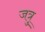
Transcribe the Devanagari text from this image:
जत्रु